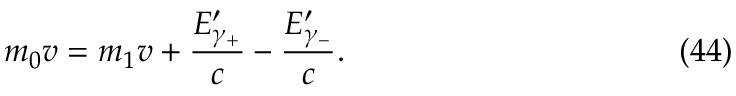
m _ { 0 } v = m _ { 1 } v + \frac { E _ { \gamma _ { + } } ^ { \prime } } c - \frac { E _ { \gamma _ { - } } ^ { \prime } } c . \eqno ( 4 4 )